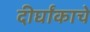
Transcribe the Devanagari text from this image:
दीर्घांकाचे